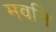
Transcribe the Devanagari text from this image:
मवनि